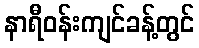
နာရီဝန်းကျင်ခန့်တွင်